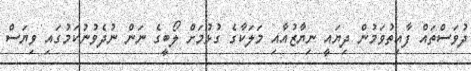
ދުވަސްތައް ފާއިތުވަމުން ދިޔައީ ނިޔާޒުއާއި މަލަކާގެ ގުޅުމަށް ލޯބީގެ ނަން ނުދެވުނުކަމުގައި ވިޔަސް